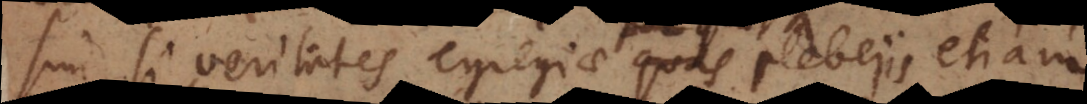
sim si veritates egregiae quae plebejis etiam